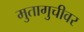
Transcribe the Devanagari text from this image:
मुतागुचीवर